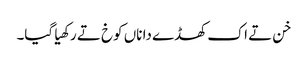
خن تے اک کھڈے دا ناں کوخ تے رکھیا گیا۔